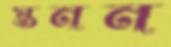
স্তনন